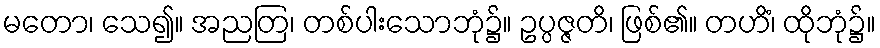
မတော၊ သေ၍။ အညတြ၊ တစ်ပါးသောဘုံ၌။ ဥပ္ပဇ္ဇတိ၊ ဖြစ်၏။ တဟိံ၊ ထိုဘုံ၌။